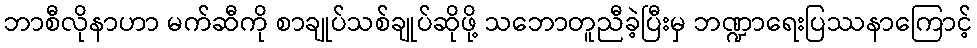
ဘာစီလိုနာဟာ မက်ဆီကို စာချုပ်သစ်ချုပ်ဆိုဖို့ သဘောတူညီခဲ့ပြီးမှ ဘဏ္ဍာရေးပြဿနာကြောင့်